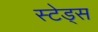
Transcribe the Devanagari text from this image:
स्टेड्स